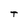
Character: T